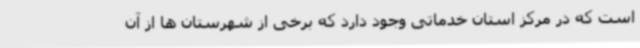
است که در مرکز استان خدماتی وجود دارد که برخی از شهرستان ها از آن